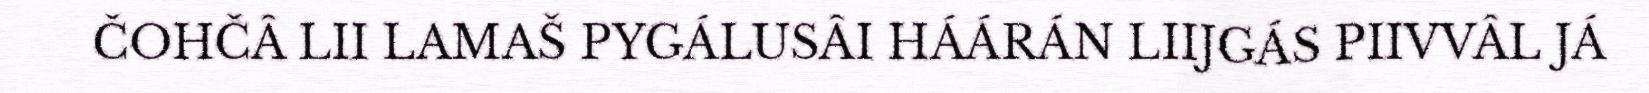
ČOHČÂ LII LAMAŠ PYGÁLUSÂI HÁÁRÁN LIIJGÁS PIIVVÂL JÁ